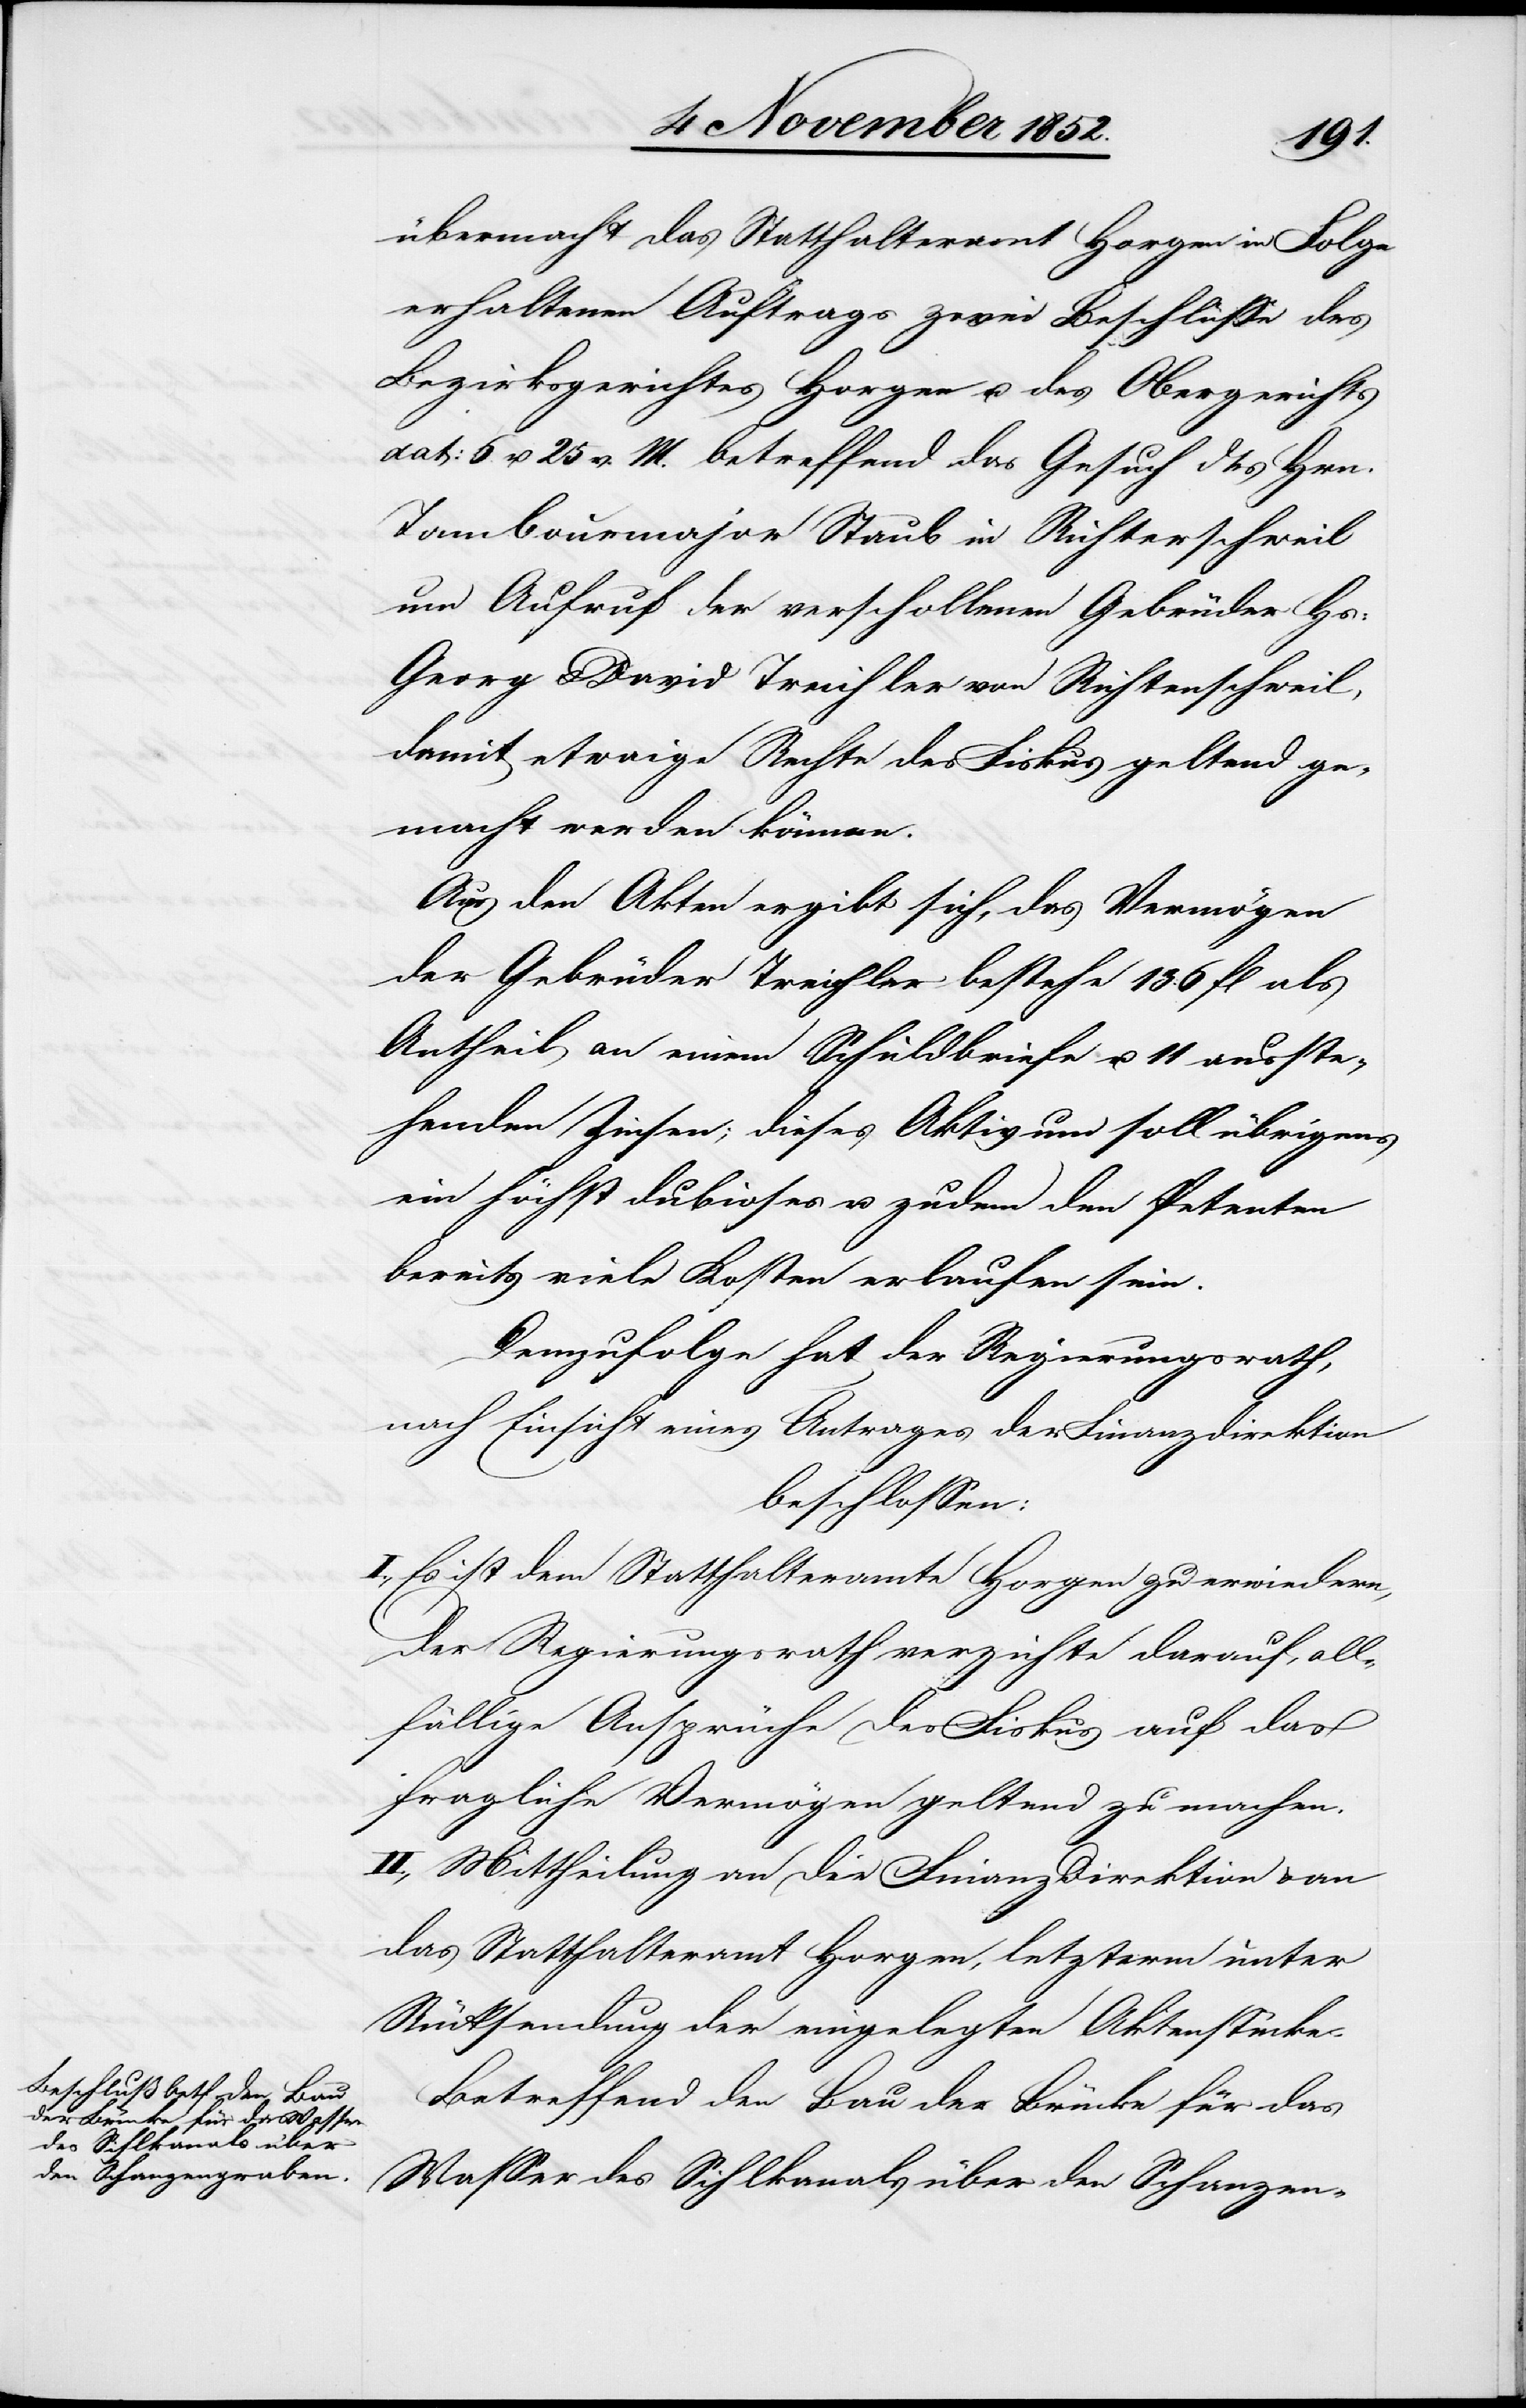
übermacht das Statthalteramt Horgen in Folge
erhaltenen Auftrags zwei Beschlüsse des
Bezirksgerichtes Horgen u. des Obergerichts
dat: 6. u. 25 v. M. betreffend das Gesuch des Hrn.
Tambourmajor Staub in Richterschweil
um Aufruf der verschollenen Gebrüder Hs:
Georg & David Treichler von Richtenschweil,
damit etwaige Rechte des Fiskus geltend ge¬
macht werden können.
Aus den Akten ergibt sich, das Vermögen
der Gebrüder Treichler bestehe [in] 136 fl als
Antheil an einem Schuldbriefe u. 11 ausste¬
henden Zinsen; dieses Aktivum soll übrigens
ein höchst dubioses u. zudem den Petenten
bereits viele Kosten erlaufen sein.
Demzufolge hat der Regierungsrath,
nach Einsicht eines Antrages der Finanzdirektion
beschlossen:
I., Es ist dem Statthalteramte Horgen zu erwiedern,
der Regierungsrath verzichte darauf, all¬
fällige Ansprüche des Fiskus auf das
fragliche Vermögen geltend zu machen.
II., Mittheilung an die Finanzdirektion & an
das Statthalteramt Horgen, letzterm unter
Rücksendung der eingelegten Aktenstücke.
Betreffend den Bau der Brücke für das
Wasser des Sihlkanals über den Schanzen-